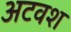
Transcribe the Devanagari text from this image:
अटवश